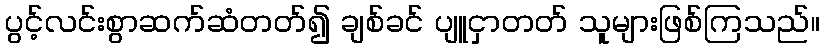
ပွင့်လင်းစွာဆက်ဆံတတ်၍ ချစ်ခင် ပျူငှာတတ် သူများဖြစ်ကြသည်။